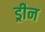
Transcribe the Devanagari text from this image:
ड्रीन